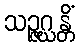
သဉ္ဇဂ္ဃန္တိံ